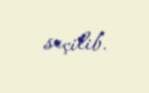
seçilib.